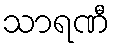
သာရဏီ